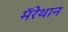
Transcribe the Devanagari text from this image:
मॅरेथान